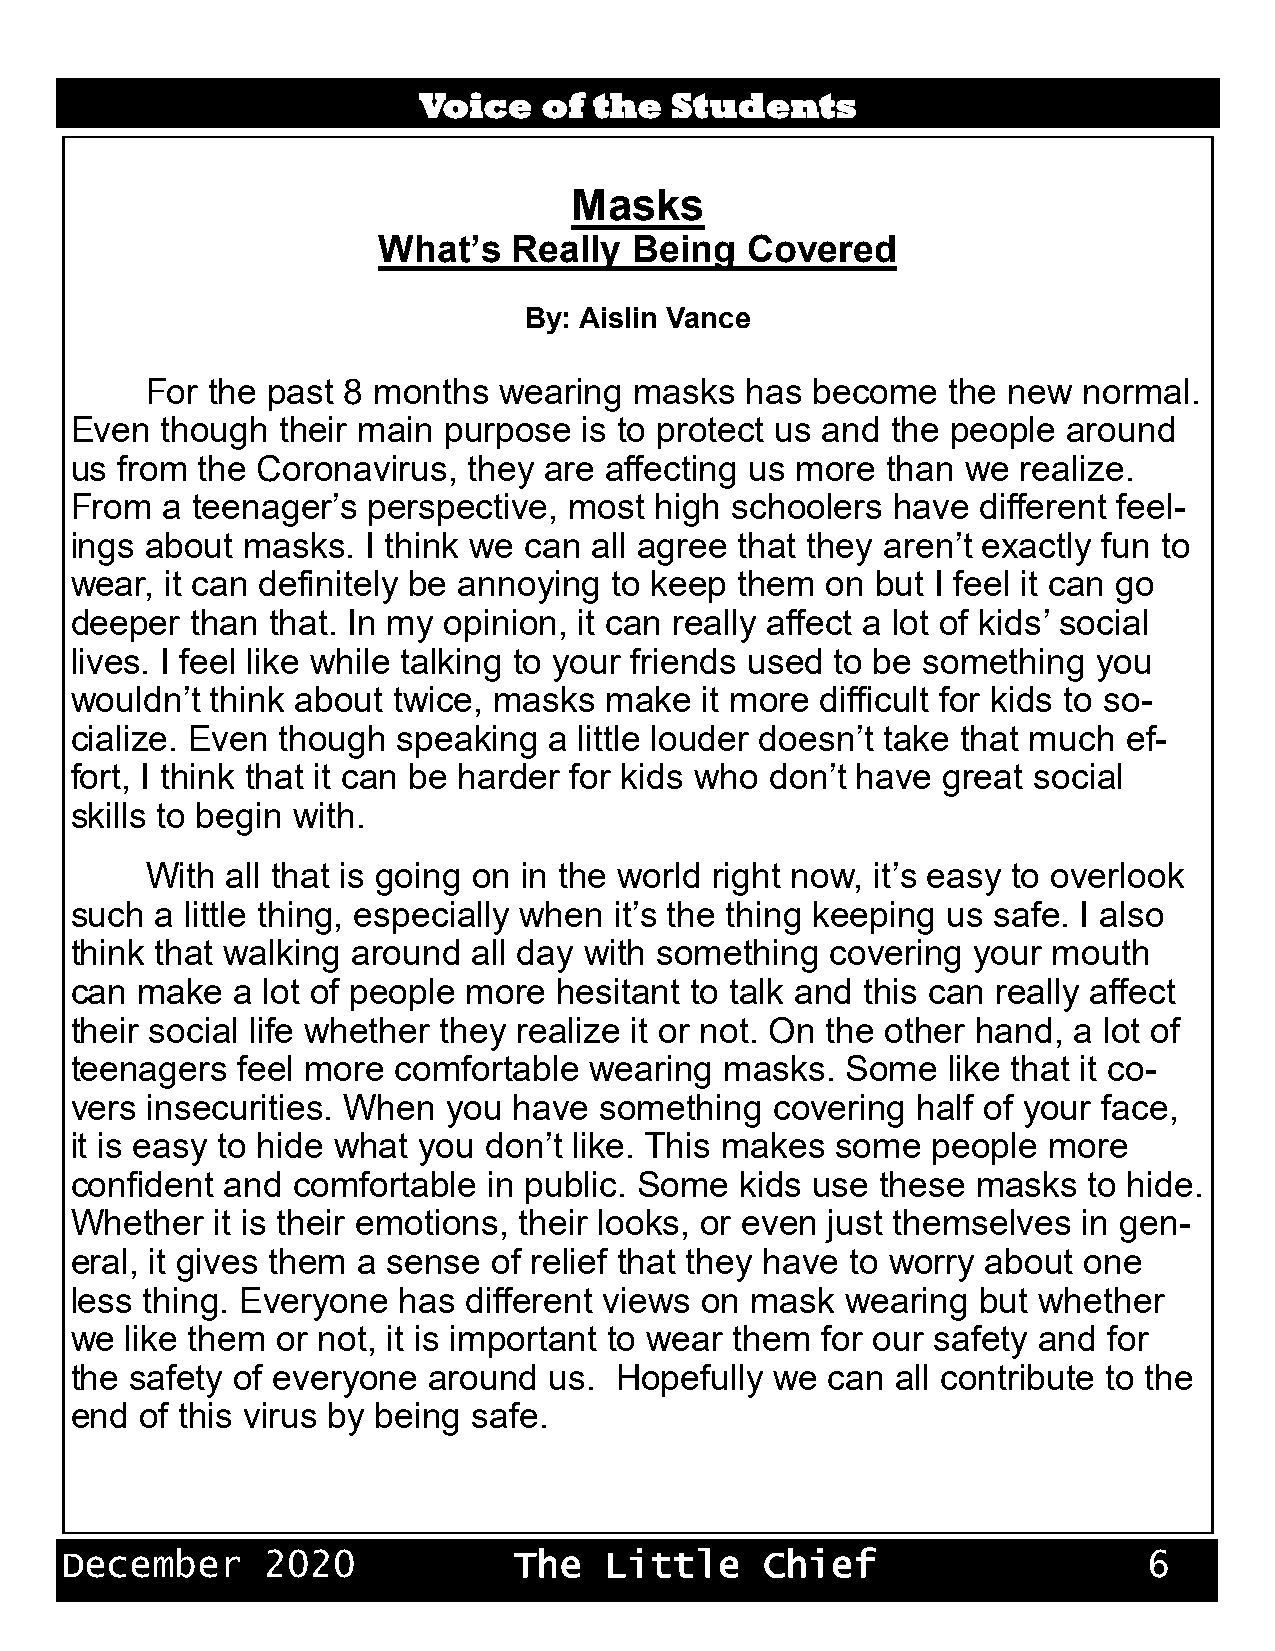
AVomiecse’ o ESfnp tthoeerrtt Ssat iundmeenntts
 Masks
 What’s   Really  Being  Covered
 By: Aislin Vance
 For the past 8 months  wearing  masks  has  become   the new  normal.
 Even  though  their main purpose  is to protect us and the people around
 us from the Coronavirus,  they are affecting us more  than we  realize.
 From  a teenager’s perspective,  most high schoolers  have  different feel-
 ings about masks.  I think we can all agree that they aren’t exactly fun to
 wear, it can definitely be annoying to keep them  on but I feel it can go
 deeper  than that. In my opinion, it can really affect a lot of kids’ social
 lives. I feel like while talking to your friends used to be something you
 wouldn’t think about twice, masks  make   it more difficult for kids to so-
 cialize. Even though speaking  a little louder doesn’t take that much ef-
 fort, I think that it can be harder for kids who don’t have great social
 skills to begin with.
 With all that is going on in the world right now, it’s easy to overlook
 such a little thing, especially when it’s the thing keeping us safe. I also
 think that walking around all day with something  covering your  mouth
 can make  a lot of people more  hesitant to talk and this can really affect
 their social life whether they realize it or not. On the other hand, a lot of
 teenagers  feel more comfortable  wearing  masks.  Some   like that it co-
 vers insecurities. When  you have  something  covering  half of your face,
 it is easy to hide what you don’t like. This makes some  people more
 confident and comfortable  in public. Some  kids use these  masks  to hide.
 Whether  it is their emotions, their looks, or even just themselves in gen-
 eral, it gives them a sense of relief that they have to worry about one
 less thing. Everyone has  different views on mask  wearing  but whether
 we like them or not, it is important to wear them for our safety and for
 the safety of everyone around  us.  Hopefully we  can all contribute to the
 end of this virus by being safe.
 December      2020            The   Little     Chief                    6